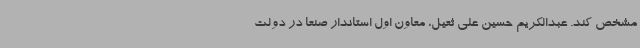
مشخص کند. عبدالکریم حسین علی ثعیل، معاون اول استاندار صنعا در دولت